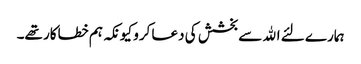
ہمارے لئے الله سے بخشش کی دعا کرو کیونکہ ہم خطاکار تھے۔